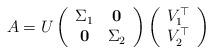
LaTeX: \begin{align*}A = U\left(\begin{array}{cc}\Sigma_1 &\mathbf 0 \\\mathbf 0& \Sigma_2\end{array}\right)\left(\begin{array}{c}V_1^{\top} \\V_2^{\top}\end{array}\right)\end{align*}